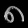
Digit: ၈